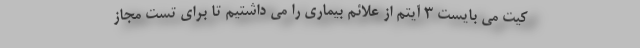
کیت می بایست ۳ آیتم از علائم بیماری را می داشتیم تا برای تست مجاز